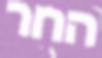
החר